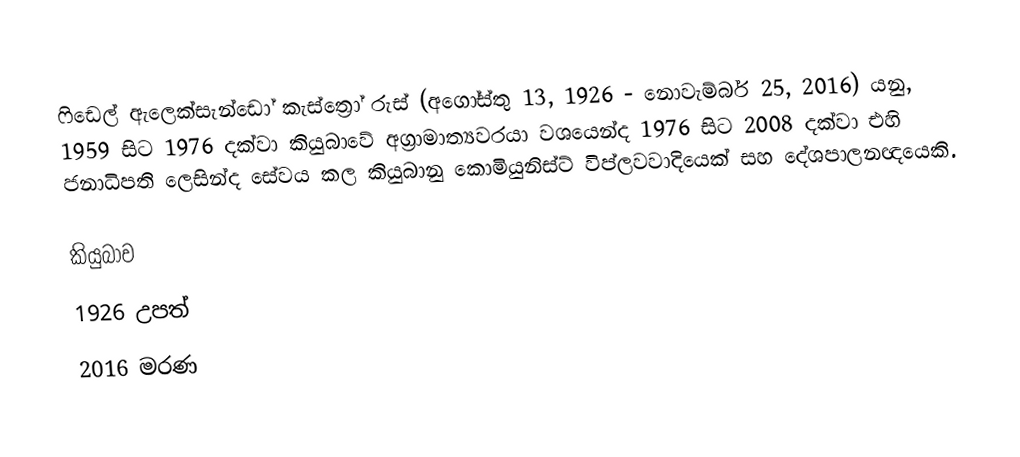
ෆිඩෙල් ඇලෙක්සැන්ඩෝ කැස්ත්‍රෝ රුස් (අගෝස්තු 13, 1926 - නොවැම්බර් 25, 2016) යනු, 1959 සිට 1976 දක්වා කියුබාවේ අග්‍රාමාත්‍යවරයා වශයෙන්ද 1976 සිට 2008 දක්වා එහි  ජනාධිපති ලෙසින්ද සේවය කල කියුබානු කොමියුනිස්ට් විප්ලවවාදියෙක් සහ දේශපාලනඥයෙකි.

කියුබාව
1926 උපත්
2016 මරණ